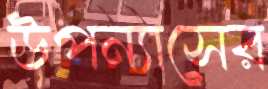
উপন্যাসের